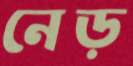
নেড়